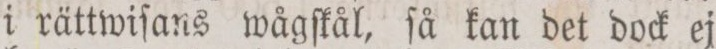
i rättwiſans wågſkål, ſå kan det dock ej